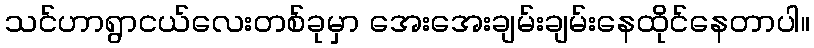
သင်ဟာရွာငယ်လေးတစ်ခုမှာ အေးအေးချမ်းချမ်းနေထိုင်နေတာပါ။